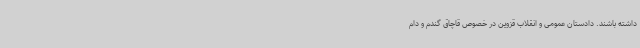
داشته باشند. دادستان عمومی و انقلاب قزوین در خصوص قاچاق گندم و دام